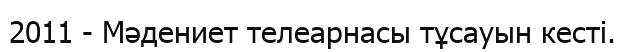
2011 - Мәдениет телеарнасы тұсауын кесті.